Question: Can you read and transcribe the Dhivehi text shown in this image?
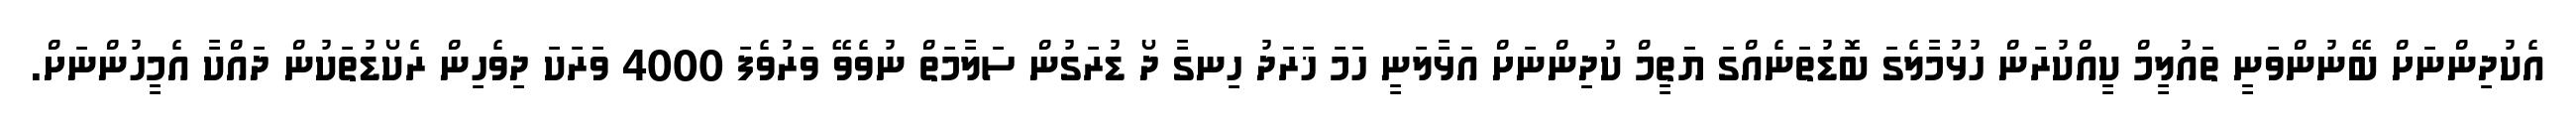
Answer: އެކުދިންނަށް ބޭނުންވަނީ ތައުލީމް ކީއްކުރަން ހުޅުމާލެގަ ބޮޑުތަނެއްގަ ޔަތީމް ކުދިންނަށް އަޅާލަނީ ހަމަ ޚަރަދު ހިނގާ ދޯ ޑުރަގުން ސަލާމަތް ނުވެވޭ ވަރުވެފަ 4000 ވަރަކަ ދިވެހިން ރެކޯޑުތަކުން ދައްކާ އެމީހުންނަށް.